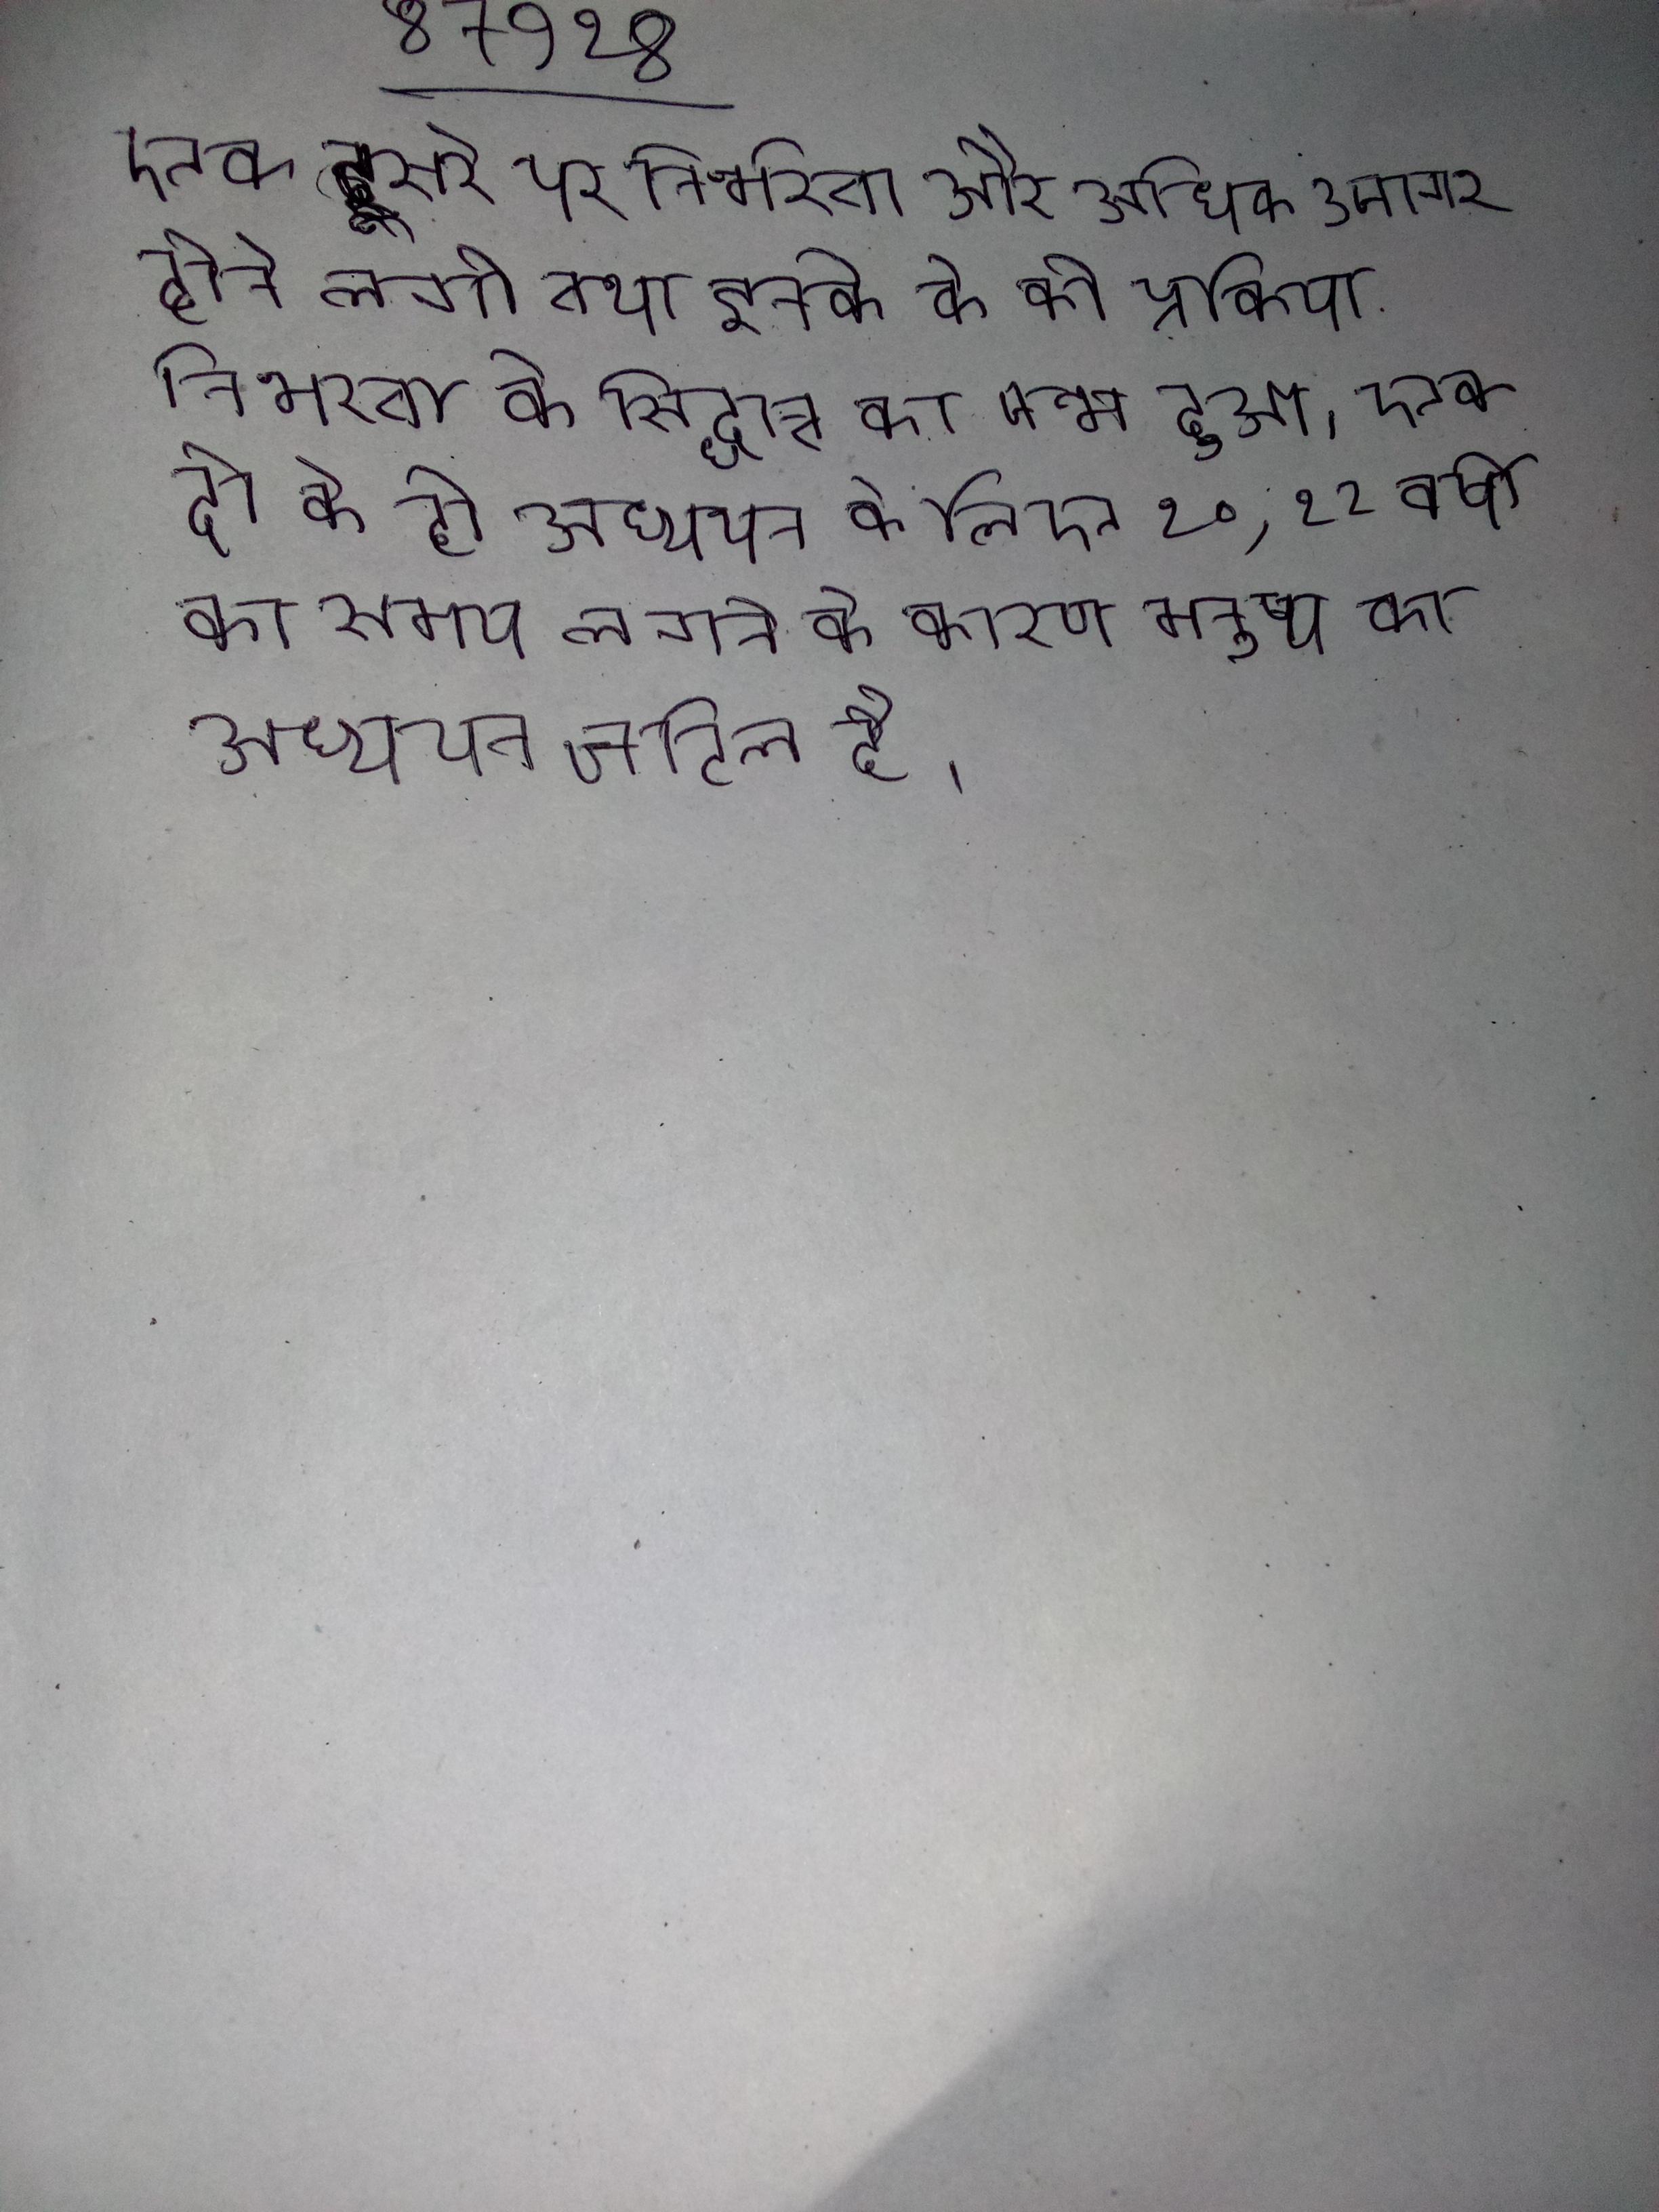
एक दूसरे पर निर्भरता और अधिक उजागर होने लगी तथा इनके के की प्रक्रिया निर्भरता के सिद्धान्त का जन्म हुआ । एक दो के ही अध्ययन के लिए २०,२२ वर्षो का समय लगने के कारण मनुष्य का अध्ययन जटिल है ।